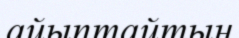
айыптайтын